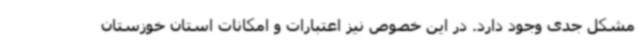
مشکل جدی وجود دارد. در این خصوص نیز اعتبارات و امکانات استان خوزستان